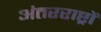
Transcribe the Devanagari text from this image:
अंतरराष्ट्रों